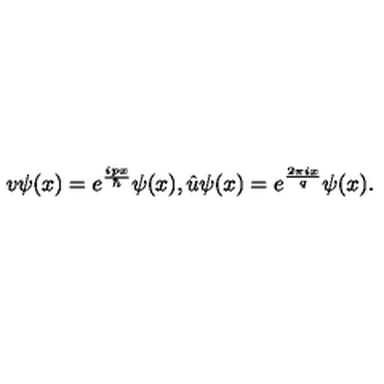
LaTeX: v \psi ( x ) = e ^ { \frac { i p x } { \hbar } } \psi ( x ) , \hat { u } \psi ( x ) = e ^ { \frac { 2 \pi i x } { q } } \psi ( x ) .